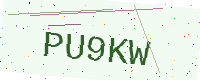
Text: PU9KW